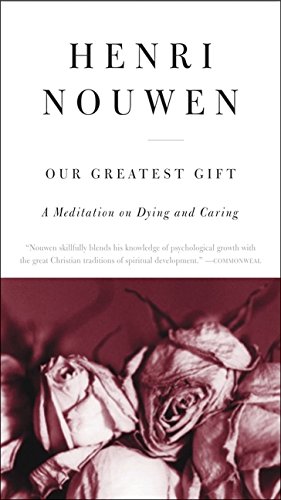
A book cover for Our Greatest Gift: A Meditation on Dying and Caring; Henri J. M. Nouwen; Politics & Social Sciences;